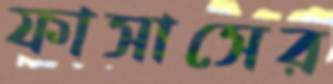
ফাসাসের